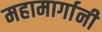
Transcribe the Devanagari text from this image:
महामार्गानी